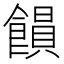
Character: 𩞗